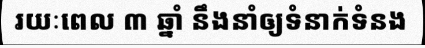
រយៈពេល ៣ ឆ្នាំ នឹងនាំឲ្យទំនាក់ទំនង